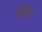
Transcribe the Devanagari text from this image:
स्टैलेट